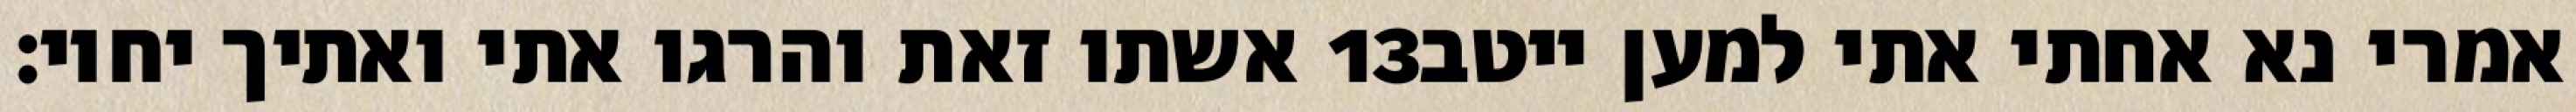
אשתו זאת והרגו אתי ואתיך יחיו׃ ‎13‏ אמרי נא אחתי אתי למען ייטב